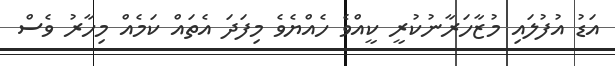
އަޑު އުފުލައި މުޒާހަރާނުކުރީ ކީއްވެ ހެއްޔެވެ މިފަދަ އެތައް ކަމެއް މިހާރު ވެސް